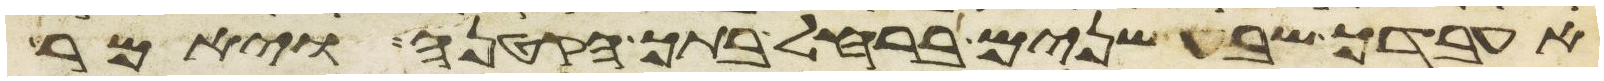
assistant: אעבדך שבע שנים ברחל בתך הקטנה ויאמר